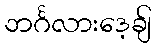
ဘင်္ဂလားဒေ့ချ်